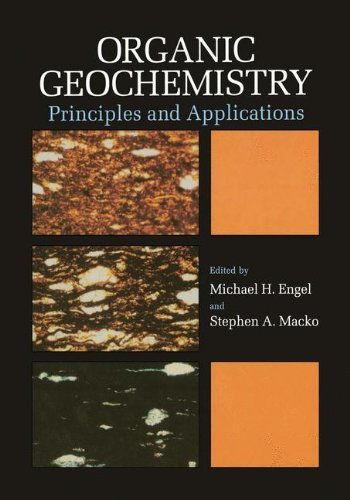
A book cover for Organic Geochemistry: Principles and Applications (Topics in Geobiology); Science & Math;